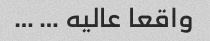
واقعا عالیه … …